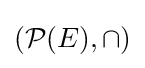
({\mathcal {P}}(E),\cap )